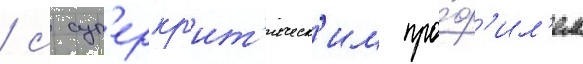
/ с суп'еркр'ит'ическ'им про́ф'ил'ем